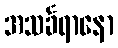
အသင်္ခရာနော